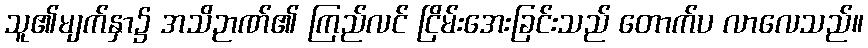
သူ၏မျက်နှာ၌ အသိဉာဏ်၏ ကြည်လင် ငြိမ်းအေးခြင်းသည် တောက်ပ လာလေသည်။